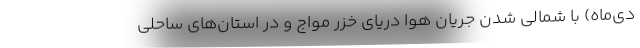
دی‌ماه) با شمالی شدن جریان هوا دریای خزر مواج و در استان‌های ساحلی